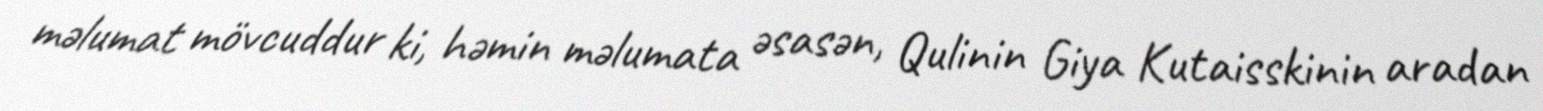
məlumat mövcuddur ki, həmin məlumata əsasən, Qulinin Giya Kutaisskinin aradan